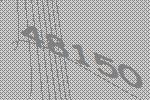
48150